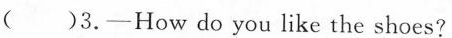
( )3.—How do you like the shoes?